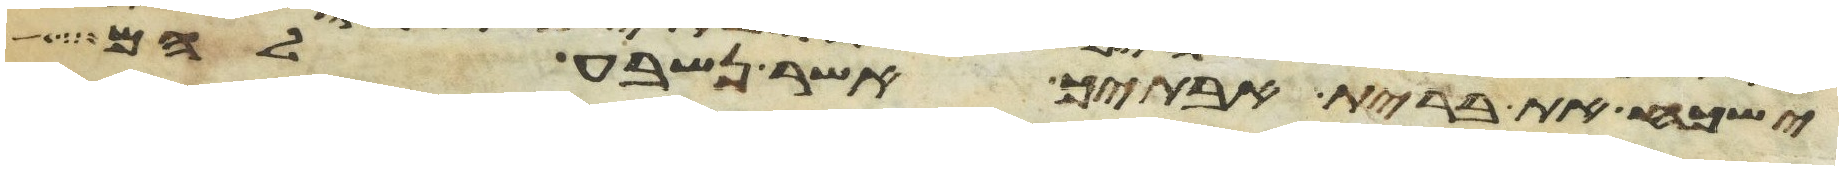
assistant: ישכח את ברית אבתיך אשר נשבע להם